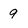
Character: 9